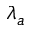
\lambda _ { a }